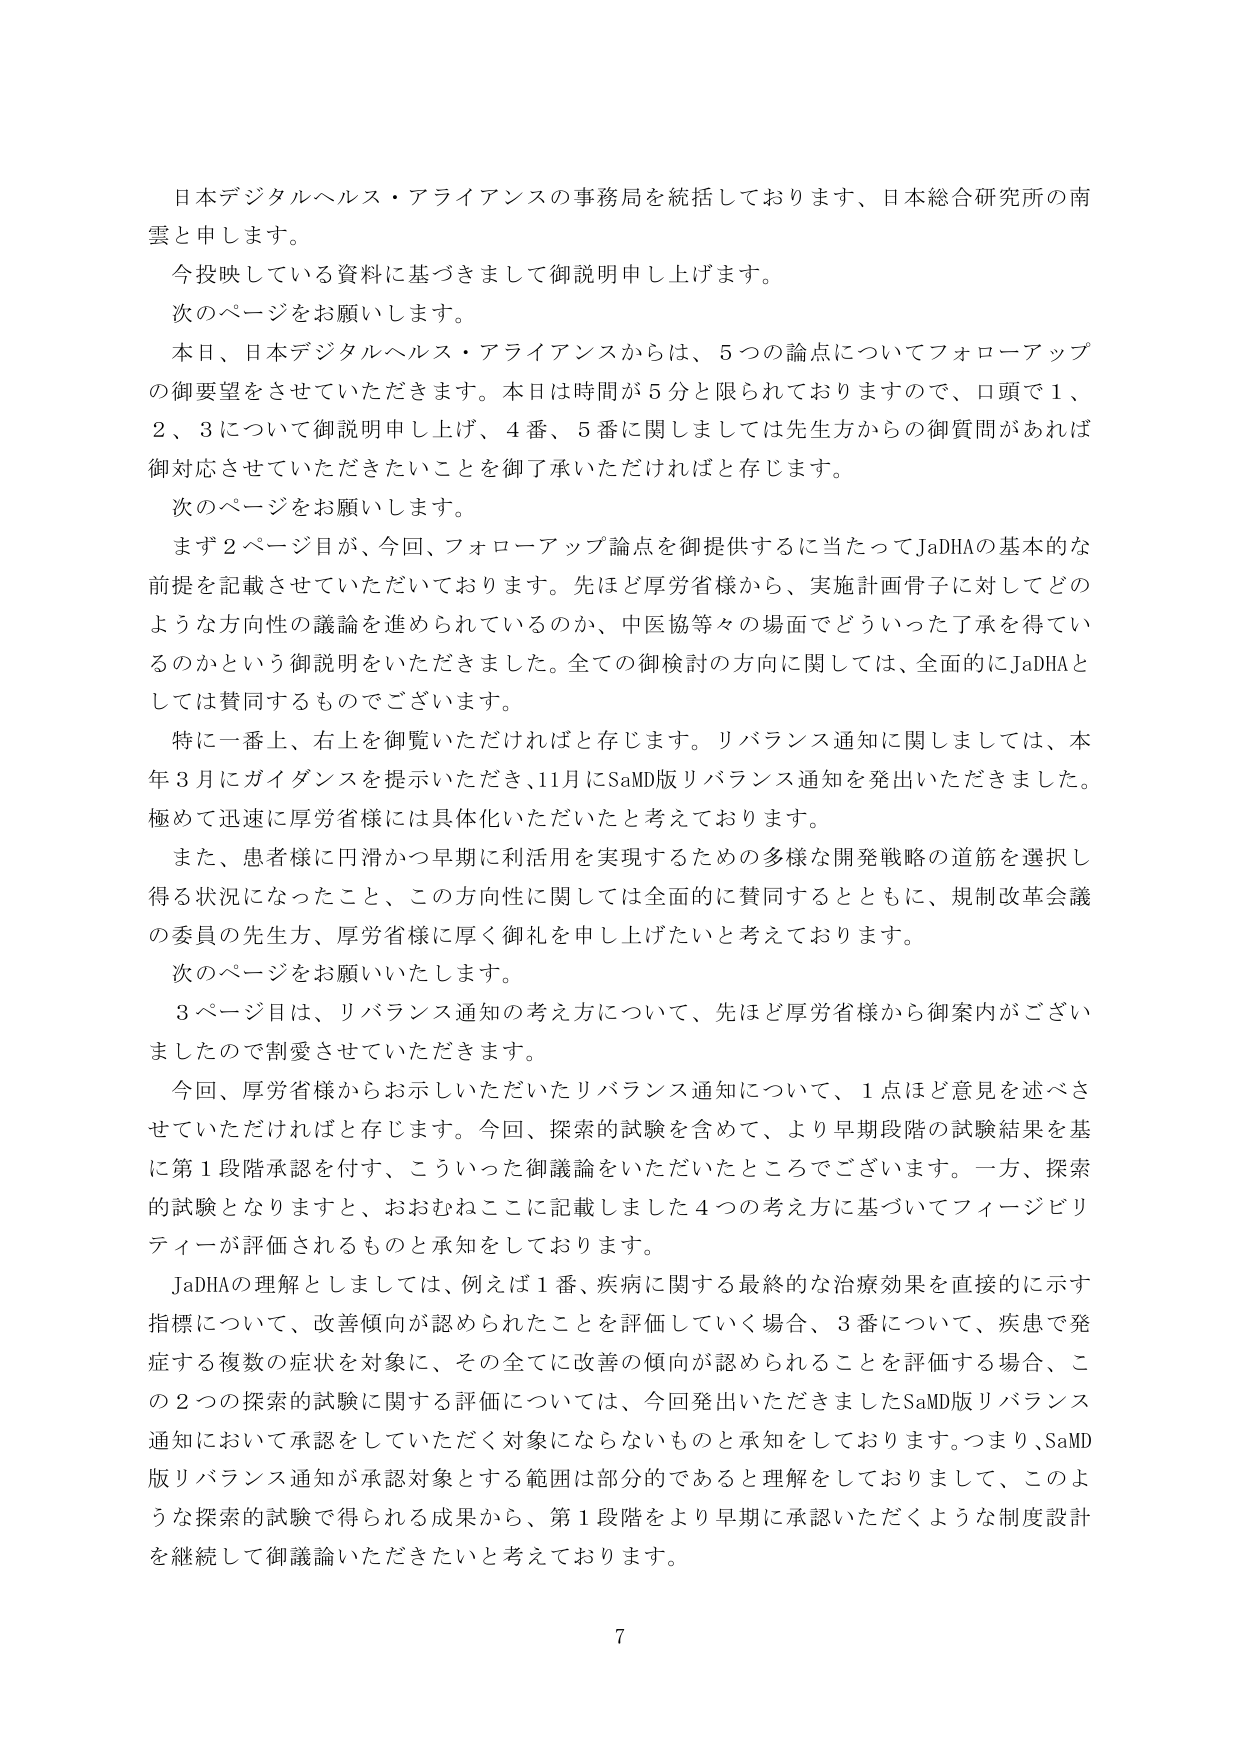
日本デジタルヘルス・アライアンスの事務局を統括しております、日本総合研究所の南雲と申します。

今投映している資料に基づきまして御説明申し上げます。

次のページをお願いします。

本日、日本デジタルヘルス・アライアンスからは、5つの論点についてフォローアップの御要望をさせていただきます。本日は時間が5分と限られておりますので、口頭で1、2、3について御説明申し上げ、4番、5番に関しましては先生方からの御質問があれば御対応させていただきたいことを御了承いただければと存じます。

次のページをお願いします。

まず2ページ目が、今回、フォローアップ論点を御提供するに当たってJaDHAの基本的な前提を記載させていただいております。先ほど厚労省様から、実施計画骨子に対してどのような方向性の議論を進められているのか、中医協等々の場面でどういった了承を得ているのかという御説明をいただきました。全ての御検討の方向に関しては、全面的にJaDHAとしては賛同するものでございます。

特に一番上、右上を御覧いただければと存じます。リバランス通知に関しましては、本年3月にガイダンスを提示いただき、11月にSaMD版リバランス通知を発出いただきました。極めて迅速に厚労省様には具体化いただいたと考えております。

また、患者様に円滑かつ早期に利活用を実現するための多様な開発戦略の道筋を選択し得る状況になったこと、この方向性に関しては全面的に賛同するとともに、規制改革会議の委員の先生方、厚労省様に厚く御礼を申し上げたいと考えております。

次のページをお願いいたします。

3ページ目は、リバランス通知の考え方について、先ほど厚労省様から御案内がございましたので割愛させていただきます。

今回、厚労省様からお示しいただいたリバランス通知について、1点ほど意見を述べさせていただければと存じます。今回、探索的試験を含めて、より早期段階の試験結果を基に第1段階承認を付す、こういった御議論をいただいたところでございます。一方、探索的試験となりますと、おおむねここに記載しました4つの考え方に基づいてフィージビリティーが評価されるものと承知しております。

JaDHAの理解としましては、例えば1番、疾病に関する最終的な治療効果を直接的に示す指標について、改善傾向が認められたことを評価していく場合、3番について、疾患で発症する複数の症状を対象に、その全てに改善の傾向が認められることを評価する場合、この2つの探索的試験に関する評価については、今回発出いただきましたSaMD版リバランス通知において承認をしていただく対象にならないものと承知をしております。つまり、SaMD版リバランス通知が承認対象とする範囲は部分的であると理解をしておりまして、このような探索的試験で得られる成果から、第1段階をより早期に承認いただくような制度設計を継続して御議論いただきたいと考えております。

7